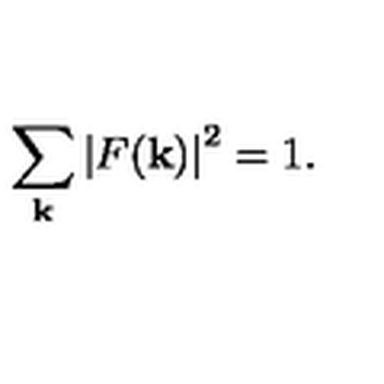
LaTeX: \sum _ { \bf k } \left| F ( { \bf k } ) \right| ^ { 2 } = 1 .